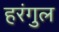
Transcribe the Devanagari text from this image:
हरंगुल